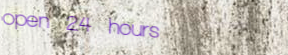
open 24 hours